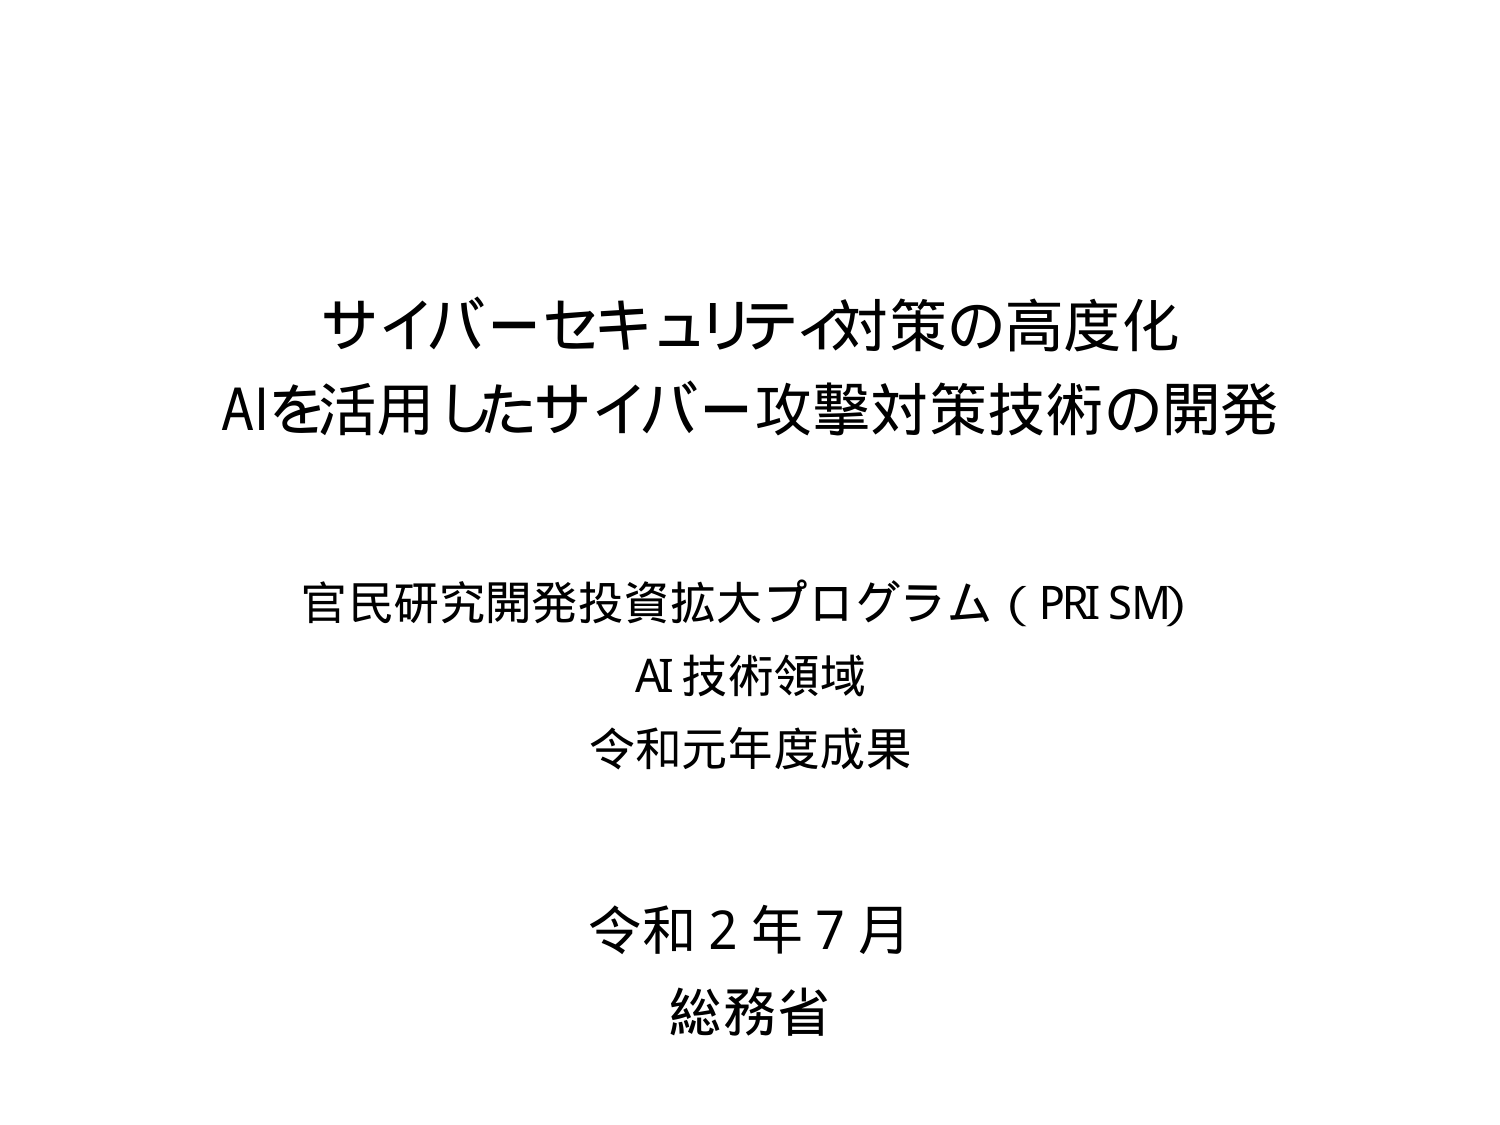
サイバーセキュリティ対策の高度化
AIを活用したサイバー攻撃対策技術の開発

官民研究開発投資拡大プログラム（PRISM）
AI技術領域
令和元年度成果

令和2年7月
総務省